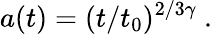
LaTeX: a(t)=(t/t_{0})^{2/3\gamma}~.